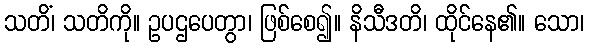
သတိံ၊ သတိကို။ ဥပဌပေတွာ၊ ဖြစ်စေ၍။ နိသီဒတိ၊ ထိုင်နေ၏။ သော၊